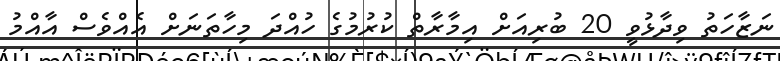
ނަޒާހަތު ވިދާޅުވީ 20 ބުރިއަށް އިމާރާތް ކުރުމުގެ ހުއްދަ މިހާތަނަށް އެއްވެސް އާއްމު